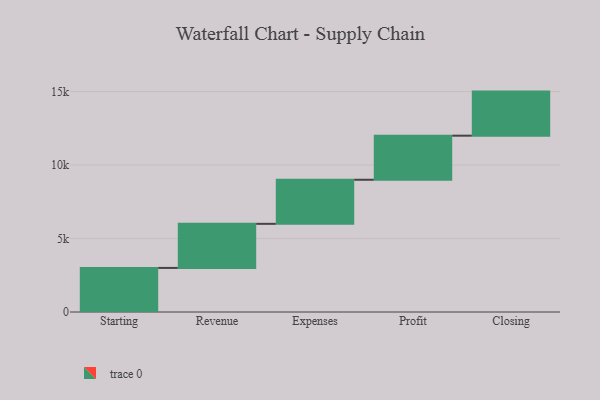
{"axis": {"x": "Step", "y": "Value"}, "legend": [""], "data": [{"x": "Starting", "y": 3000, "type": ""}, {"x": "Revenue", "y": 3000, "type": ""}, {"x": "Expenses", "y": 3000, "type": ""}, {"x": "Profit", "y": 3000, "type": ""}, {"x": "Closing", "y": 3000, "type": ""}]}